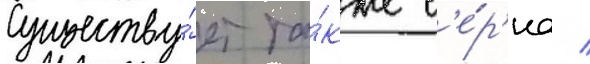
Существу́ет та́кже с'е́р'иа /